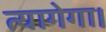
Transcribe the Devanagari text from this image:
त्यागेगा।